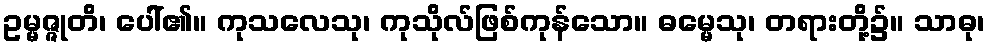
ဥမ္မဇ္ဇုတိ၊ ပေါ်၏။ ကုသလေသု၊ ကုသိုလ်ဖြစ်ကုန်သော။ ဓမ္မေသု၊ တရားတို့၌။ သာဓု၊